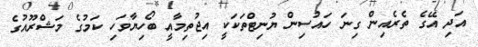
އަދި އޭގެ ތެރެއިން ގިނަ ހައުސިން ޔުނިޓްތަކަކީ އިޖުތިމާއީ ބޯހިޔާވަހި ކަމުގެ މަޝްރޫއުގެ